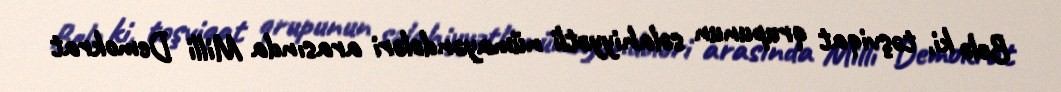
Belə ki, təşviqat qrupunun səlahiyyətli nümayəndələri arasında Milli Demokrat